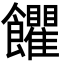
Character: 𩟹